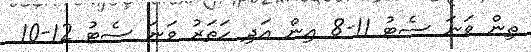
ތިން ވަނަ ސެޓު 11-8 އިން އަދި ހަތަރު ވަނަ ސެޓު 12-10